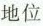
地位